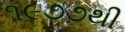
૧૯૭૭થી